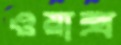
ওয়াক্স